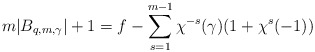
\begin{align*}m|B_{q,m,\gamma}|+1=f-\sum\limits_{s=1}^{m-1}\chi^{-s}(\gamma)(1+\chi^s(-1))\end{align*}